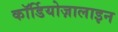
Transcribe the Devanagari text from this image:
कॉर्डियोज़ालाइन